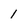
Character: 1